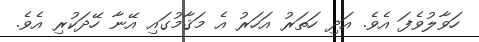
ހަވާލުވެފަ އެވެ. އަދި ހަތަރު އަހަރު އެ މަޤާމުގައި އޭނާ ހޭދަކުރި އެވެ.